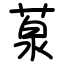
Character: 葲